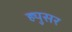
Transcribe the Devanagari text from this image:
ह्युसर